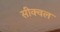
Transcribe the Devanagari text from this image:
सीक्‍वल